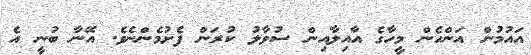
އައުމުން އަންހެން މީހާގެ އާއިލާއިން ސުވާލު ކުރަން ފެށުމެންނެވެ. އޭނާ ބުނީ އެ